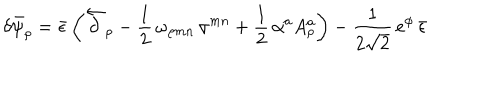
\delta \bar { \psi } _ { \rho } = \bar { \epsilon } \left( \overleftarrow { \partial } _ { \rho } - \frac { 1 } { 2 } \, \omega _ { \rho m n } \, \sigma ^ { m n } + \frac { 1 } { 2 } \, \alpha ^ { a } A _ { \rho } ^ { a } \right) - \frac { 1 } { 2 \sqrt { 2 } } \, e ^ { \phi } \, \bar { \epsilon }